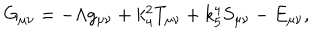
LaTeX: G _ { \mu \nu } = - \Lambda g _ { \mu \nu } + k _ { 4 } ^ { 2 } T _ { \mu \nu } + k _ { 5 } ^ { 4 } S _ { \mu \nu } - E _ { \mu \nu } ,